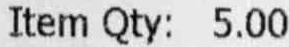
ITEM QTY: 5.00